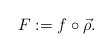
\begin{align*} F:= f \circ \vec \rho. \end{align*}